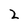
Character: 2